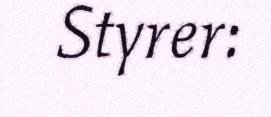
Styrer: